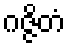
ဂဇ္ဇိတံ